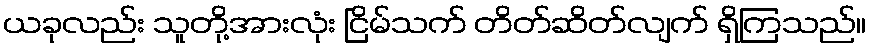
ယခုလည်း သူတို့အားလုံး ငြိမ်သက် တိတ်ဆိတ်လျက် ရှိကြသည်။